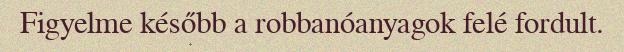
Figyelme később a robbanóanyagok felé fordult.